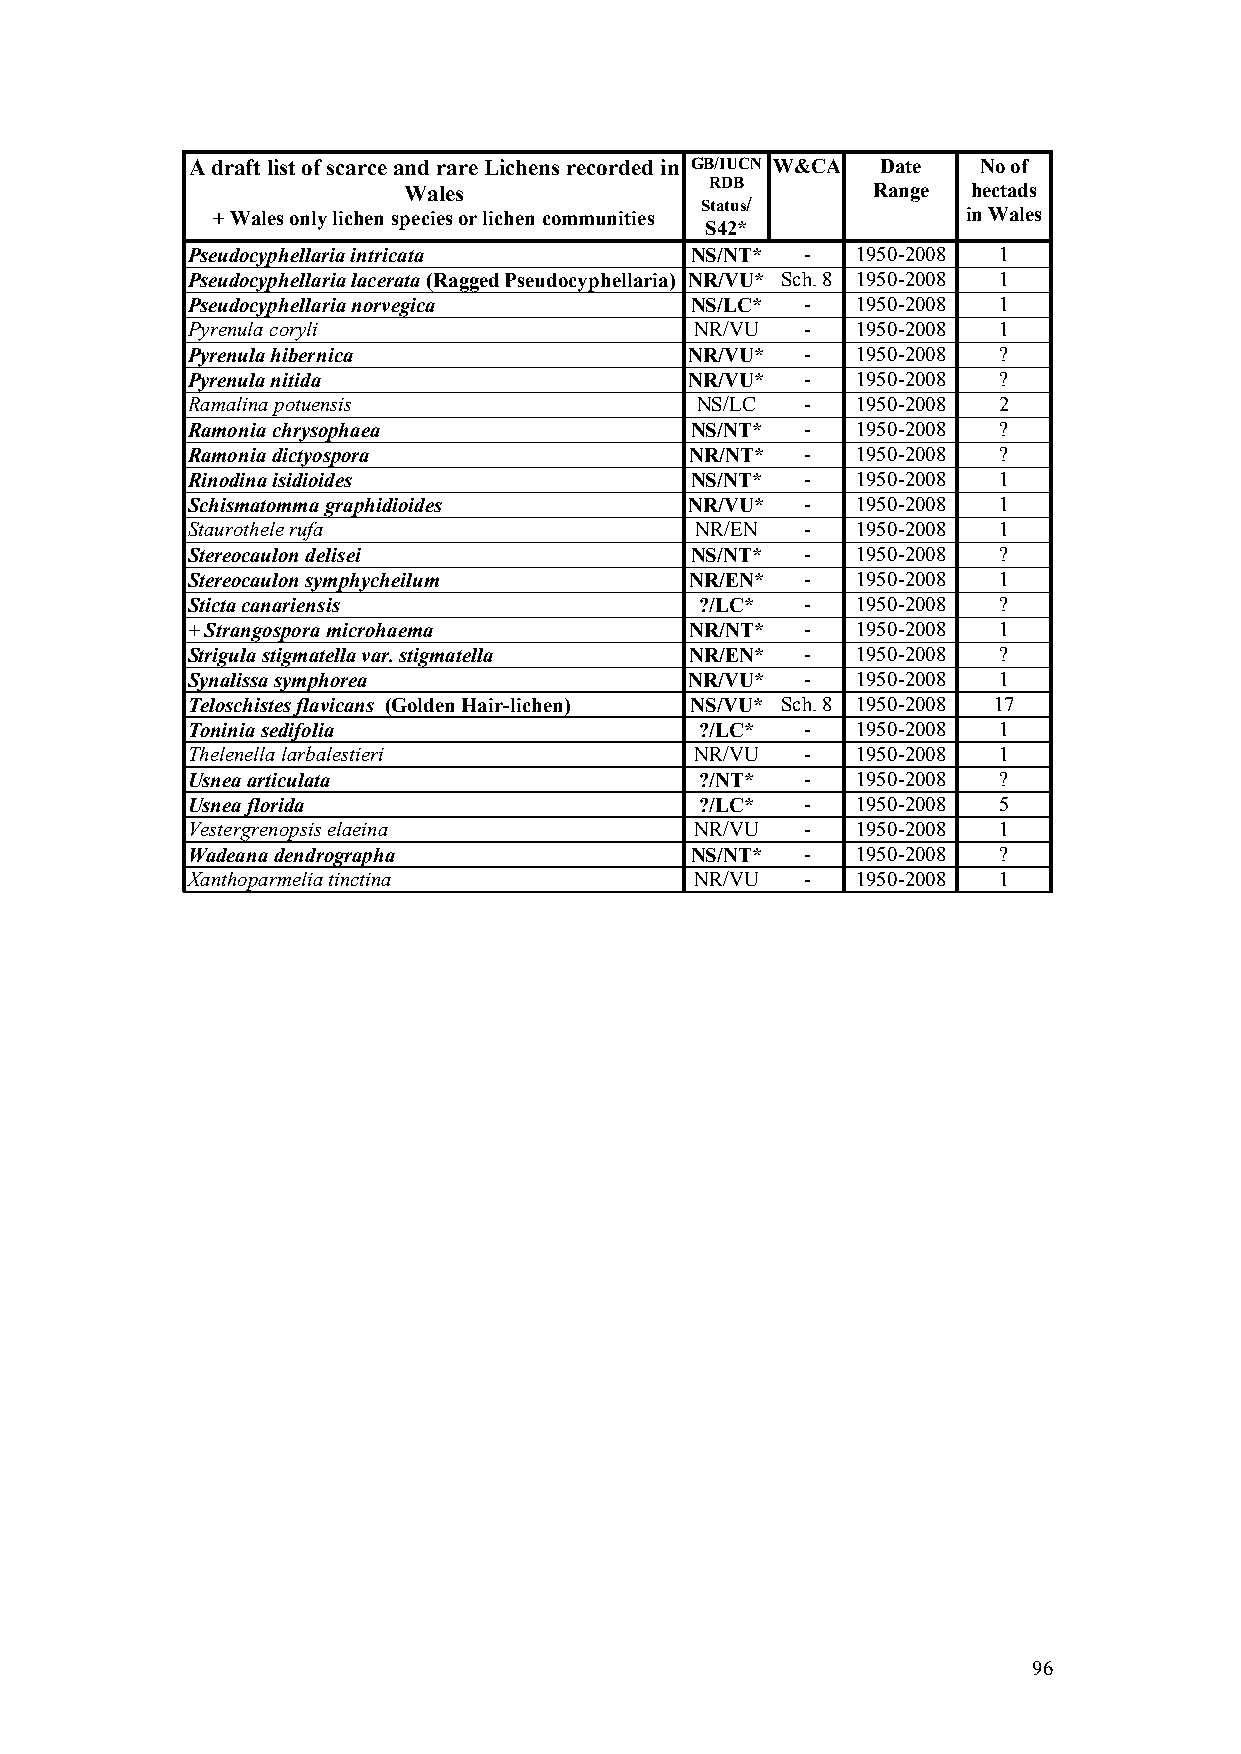
A draft list of scarce and rare Lichens recorded in GB/IUCN W&CA Date No of
 Wales               RDB        Range hectads
 Status/
 + Wales only lichen species or lichen communities in Wales
 S42*
 Pseudocyphellaria intricata       NS/NT* -   1950-2008 1
 Pseudocyphellaria lacerata (Ragged Pseudocyphellaria) NR/VU* Sch. 8 1950-2008 1
 Pseudocyphellaria norvegica       NS/LC* -   1950-2008 1
 Pyrenula coryli                   NR/VU  -   1950-2008 1
 Pyrenula hibernica                NR/VU* -   1950-2008 ?
 Pyrenula nitida                   NR/VU* -   1950-2008 ?
 Ramalina potuensis                NS/LC  -   1950-2008 2
 Ramonia chrysophaea               NS/NT* -   1950-2008 ?
 Ramonia dictyospora               NR/NT* -   1950-2008 ?
 Rinodina isidioides               NS/NT* -   1950-2008 1
 Schismatomma graphidioides        NR/VU* -   1950-2008 1
 Staurothele rufa                  NR/EN  -   1950-2008 1
 Stereocaulon delisei              NS/NT* -   1950-2008 ?
 Stereocaulon symphycheilum        NR/EN* -   1950-2008 1
 Sticta canariensis                ?/LC*  -   1950-2008 ?
 +Strangospora microhaema          NR/NT* -   1950-2008 1
 Strigula stigmatella var. stigmatella NR/EN* - 1950-2008 ?
 Synalissa symphorea               NR/VU* -   1950-2008 1
 Teloschistes flavicans (Golden Hair-lichen) NS/VU* Sch. 8 1950-2008 17
 Toninia sedifolia                 ?/LC*  -   1950-2008 1
 Thelenella larbalestieri          NR/VU  -   1950-2008 1
 Usnea articulata                  ?/NT*  -   1950-2008 ?
 Usnea florida                     ?/LC*  -   1950-2008 5
 Vestergrenopsis elaeina           NR/VU  -   1950-2008 1
 Wadeana dendrographa              NS/NT* -   1950-2008 ?
 Xanthoparmelia tinctina           NR/VU  -   1950-2008 1
 96